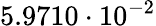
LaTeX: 5.9710\cdot 10^{-2}